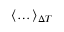
\langle \dots \rangle _ { \Delta T }